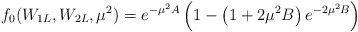
\begin{align*}f_0(W_{1L},W_{2L},\mu^2)=e^{-\mu^2A}\left(1-\left(1+2\mu^2B\right)e^{-2\mu^2B}\right)\end{align*}